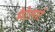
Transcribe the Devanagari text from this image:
मैटेलार्ट